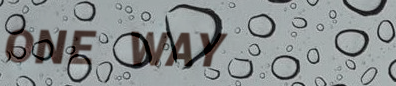
ONE WAY